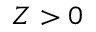
Z > 0